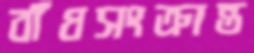
বাঁধসংক্রান্ত